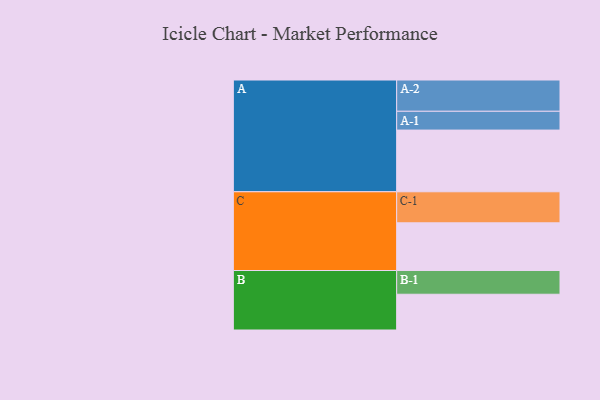
{"axis": {"x": "Segment", "y": "Value"}, "legend": ["", "A", "B", "C"], "data": [{"x": "A", "y": 564, "type": ""}, {"x": "B", "y": 327, "type": ""}, {"x": "C", "y": 436, "type": ""}, {"x": "A-1", "y": 172, "type": "A"}, {"x": "A-2", "y": 286, "type": "A"}, {"x": "B-1", "y": 217, "type": "B"}, {"x": "C-1", "y": 284, "type": "C"}]}